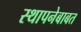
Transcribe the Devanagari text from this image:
स्थापनेबाबत